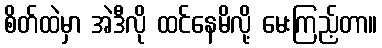
စိတ်ထဲမှာ အဲဒီလို ထင်နေမိလို့ မေးကြည့်တာ။